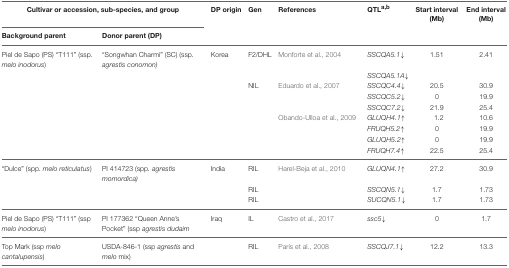
<table><thead><tr><td colspan="2"><b>Cultivar or accession, sub-species, and group</b></td><td><b>DP origin</b></td><td><b>Gen</b></td><td><b>References</b></td><td><b>QTL<sup>a</sup><sup>,</sup><sup>b</sup></b></td><td><b>Start interval (Mb)</b></td><td><b>End interval (Mb)</b></td></tr><tr><td><b>Background parent</b></td><td><b>Donor parent (DP)</b></td><td></td><td></td><td></td><td></td><td></td><td></td></tr></thead><tbody><tr><td>Piel de Sapo (PS) “T111” (ssp. <i>melo inodorus</i>)</td><td>“Songwhan Charmi” (SC) (ssp. <i>agrestis conomon)</i></td><td>Korea</td><td>F2/DHL</td><td>Monforte et al., 2004</td><td><i>SSCQA5.1↓</i></td><td>1.51</td><td>2.41</td></tr><tr><td></td><td></td><td></td><td></td><td></td><td><i>SSCQA5.1A↓</i></td><td></td><td></td></tr><tr><td></td><td></td><td></td><td>NIL</td><td>Eduardo et al., 2007</td><td><i>SSCQC4.4↓</i></td><td>20.5</td><td>30.9</td></tr><tr><td></td><td></td><td></td><td></td><td></td><td><i>SSCQC5.2↓</i></td><td>0</td><td>19.9</td></tr><tr><td></td><td></td><td></td><td></td><td></td><td><i>SSCQC7.2↓</i></td><td>21.9</td><td>25.4</td></tr><tr><td></td><td></td><td></td><td></td><td>Obando-Ulloa et al., 2009</td><td><i>GLUQH4.1</i>↑</td><td>1.2</td><td>10.6</td></tr><tr><td></td><td></td><td></td><td></td><td></td><td><i>FRUQH5.2↑</i></td><td>0</td><td>19.9</td></tr><tr><td></td><td></td><td></td><td></td><td></td><td><i>GLUQH5.2↑</i></td><td>0</td><td>19.9</td></tr><tr><td></td><td></td><td></td><td></td><td></td><td><i>FRUQH7.4↑</i></td><td>22.5</td><td>25.4</td></tr><tr><td>“Dulce” (spp. <i>melo reticulatus</i>)</td><td>PI 414723 (spp. <i>agrestis momordica)</i></td><td>India</td><td>RIL</td><td>Harel-Beja et al., 2010</td><td><i>GLUQN4.1↑</i></td><td>27.2</td><td>30.9</td></tr><tr><td></td><td></td><td></td><td>RIL</td><td></td><td><i>SSCQN5.1↓</i></td><td>1.7</td><td>1.73</td></tr><tr><td></td><td></td><td></td><td>RIL</td><td></td><td><i>SUCQN5.1↓</i></td><td>1.7</td><td>1.73</td></tr><tr><td>Piel de Sapo (PS) “T111” (ssp <i>melo inodorus</i>)</td><td>PI 177362 “Queen Anne&#x27;s Pocket” (ssp <i>agrestis dudaim</i></td><td>Iraq</td><td>IL</td><td>Castro et al., 2017</td><td><i>ssc5↓</i></td><td>0</td><td>1.7</td></tr><tr><td>Top Mark (ssp <i>melo cantalupensis</i>)</td><td>USDA-846-1 (ssp <i>agrestis</i> and <i>melo</i> mix)</td><td></td><td>RIL</td><td>Paris et al., 2008</td><td><i>SSCQJ7.1↓</i></td><td>12.2</td><td>13.3</td></tr></tbody></table>